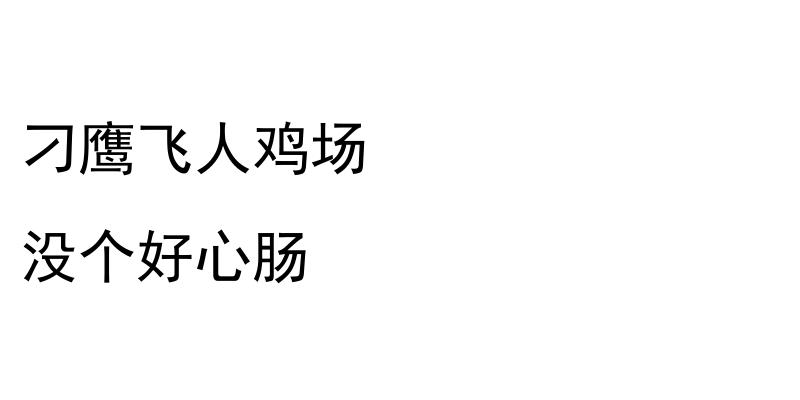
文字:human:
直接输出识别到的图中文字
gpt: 刁鹰飞人鸡场 没个好心肠